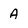
Character: A